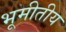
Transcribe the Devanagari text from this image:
भूमीतीय